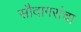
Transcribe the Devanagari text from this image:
सौदागरांचा